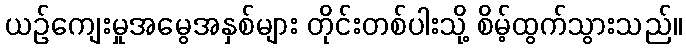
ယဉ်ကျေးမှုအမွေအနှစ်များ တိုင်းတစ်ပါးသို့ စိမ့်ထွက်သွားသည်။